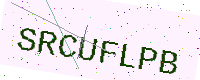
Text: SRCUFLPB